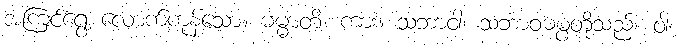
အကြင်ရွေ့ လောက်ကုန်သော။ ဓမ္မာတိ၊ ကား။ သဘာဝါ၊ သဘာဝဓမ္ပတို့သည်။ ဝါ၊